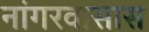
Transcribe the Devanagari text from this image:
नांगरवासास